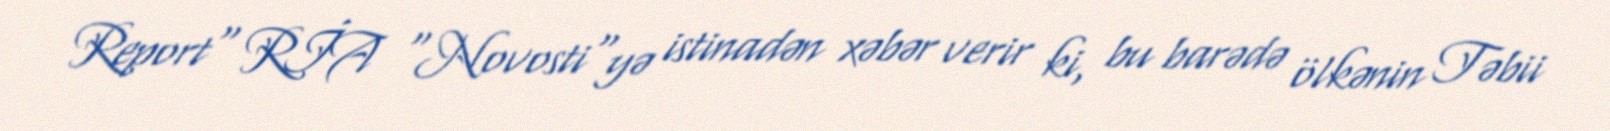
Report" RİA "Novosti"yə istinadən xəbər verir ki, bu barədə ölkənin Təbii